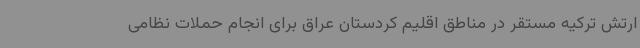
ارتش ترکیه مستقر در مناطق اقلیم کردستان عراق برای انجام حملات نظامی